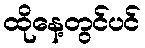
ထိုနေ့တွင်ပင်